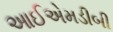
આઈએમડીબી